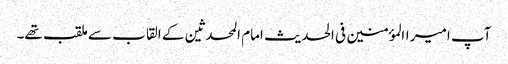
آپ امیر االمؤمنین فی الحدیث امام المحدثین کے القاب سے ملقب تھے۔